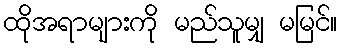
ထိုအရာများကို မည်သူမျှ မမြင်။